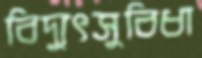
বিদ্যুৎসুবিধা